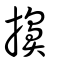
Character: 擤